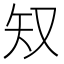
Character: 𫨸